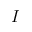
I